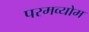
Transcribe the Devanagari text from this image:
परमव्योम